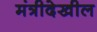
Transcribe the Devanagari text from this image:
मंत्रीदेखील